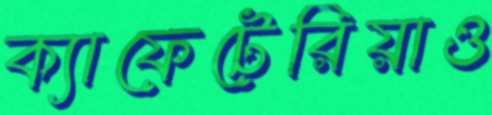
ক্যাফেটেরিয়াও